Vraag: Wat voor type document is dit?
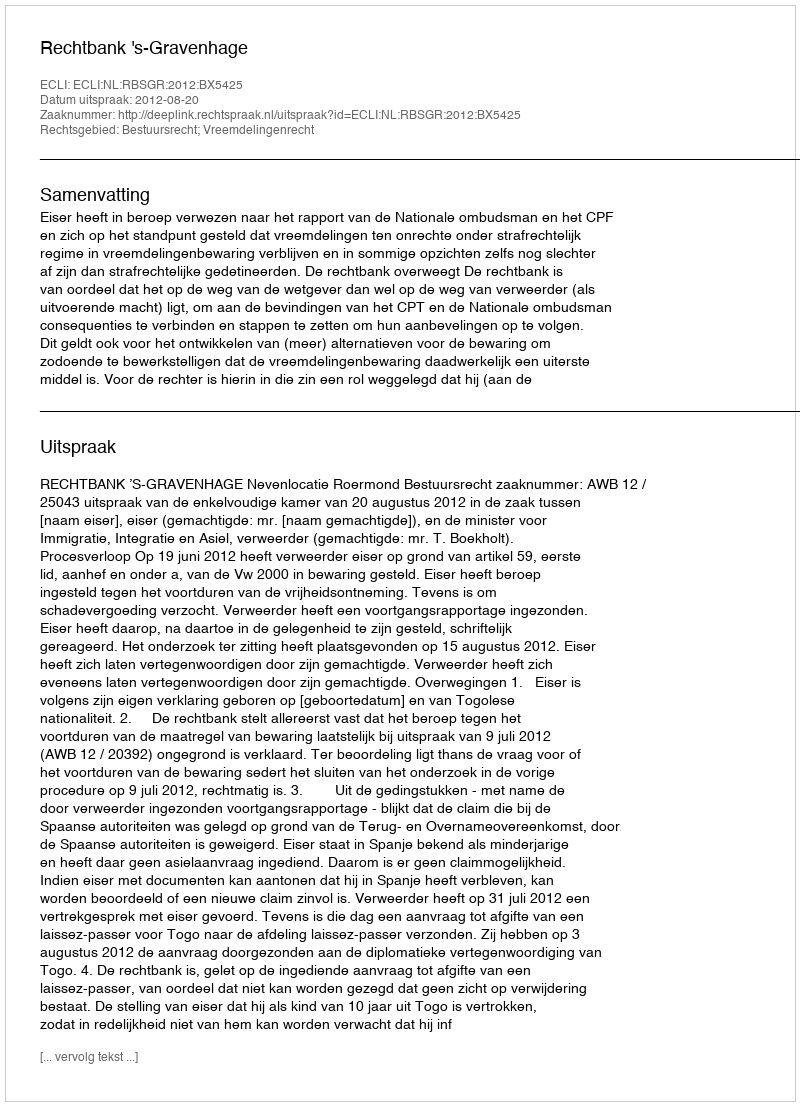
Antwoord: Uitspraak